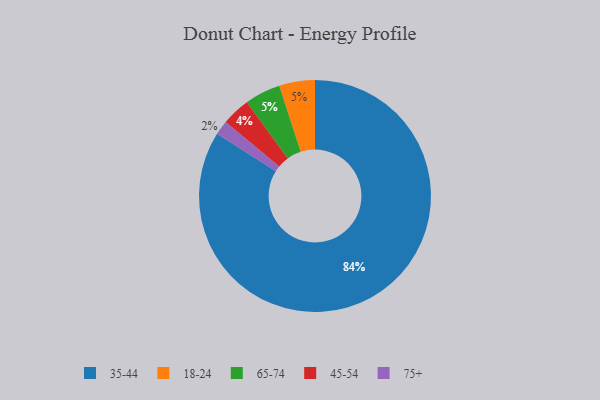
{"axis": {"x": "Category", "y": "Percentage"}, "legend": ["18-24", "35-44", "45-54", "65-74", "75+"], "data": [{"x": "18-24", "y": 5, "type": "18-24"}, {"x": "45-54", "y": 4, "type": "45-54"}, {"x": "65-74", "y": 5, "type": "65-74"}, {"x": "35-44", "y": 84, "type": "35-44"}, {"x": "75+", "y": 2, "type": "75+"}]}